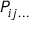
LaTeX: \ P _ { i j \ldots }